Lunatic asylums United Provinces 1899-1908 - 1899-1908
Year: 1899
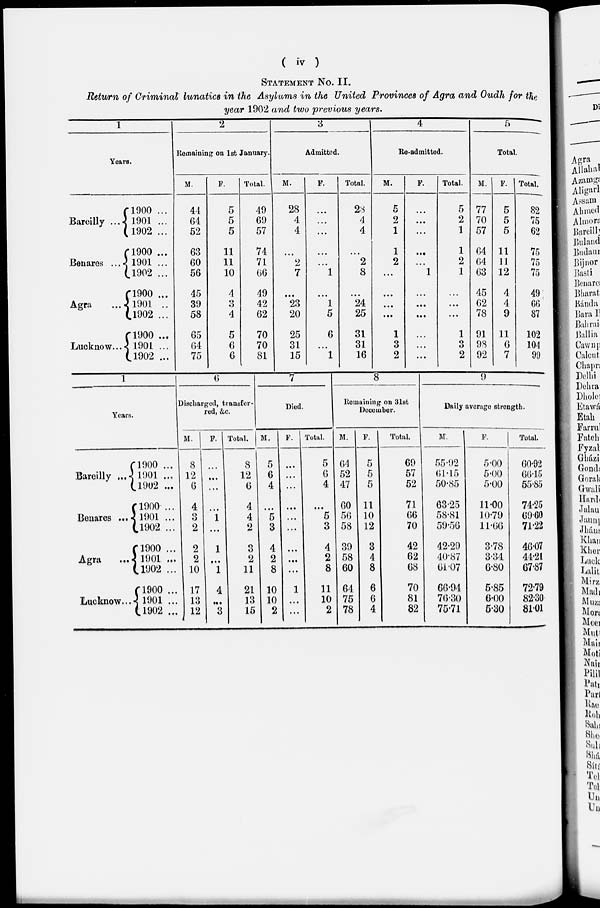
( iv )
STATEMENT No. II.
Return of Criminal lunatics in the Asylums in the United Provinces of Agra and Oudh for the
year 1902 and two previous years.
1
Years.
Bareilly ...
Benares ...
Agra ...
Lucknow...
1900 ...
1901 ...
1902 ...
1900 ...
1901 ...
1902 ...
1900 ...
1901 ...
1902 ...
1900 ...
1901 ...
1902 ...
2
Remaining on 1st January.
M.
44
64
52
63
60
56
45
39
58
65
64
75
F.
5
5
5
11
11
10
4
3
4
5
6
6
Total.
49
69
57
74
71
66
49
42
62
70
70
81
3
Admitted.
M.
28
4
4
...
2
7
...
23
20
25
31
15
F.
...
...
...
...
...
1
...
1
5
6
...
1
Total.
28
4
4
...
2
8
...
24
25
31
31
16
4
Re-admitted.
M.
5
2
1
1
2
...
...
...
...
1
3
2
F.
...
...
...
...
...
1
...
...
...
...
...
...
Total.
5
2
1
1
2
1
...
...
...
1
3
2
5
Total.
M.
77
70
57
64
64
63
45
62
78
91
98
92
F.
5
5
5
11
11
12
4
4
9
11
6
7
Total.
82
75
62
75
75
75
49
66
87
102
104
99
1
Years.
Bareilly ...
Benares ...
Agra
...
Lucknow...
1900 ...
1901 ....
1902 ...
1900 ...
1901 ...
1902 ...
1900 ...
1901 ...
1902 ...
1900 ...
1901 ...
1902 ...
6
Discharged , transfer-
red, &c.
M.
8
12
6
4
3
2
2
2
10
17
13
12
F.
...
...
...
...
1
...
1
...
1
4
...
3
Total.
8
12
6
4
4
2
3
2
11
21
13
15
7
Died.
M.
5
6
4
...
5
3
4
2
8
10
10
2
F.
...
...
...
...
...
...
...
...
...
1
...
...
Total.
5
6
4
...
5
3
4
2
8
11
10
2
8
Remaining on 31st
December.
M.
64
52
47
60
56
58
39
58
60
64
75
78
F.
5
5
5
11
10
12
3
4
8
6
6
4
Total.
69
57
52
71
66
70
42
62
68
70
81
82
9
Daily average strength.
M.
55.92
61.15
50.85
63.25
58.81
59.56
42.29
40.87
61.07
66.94
76.30
75.71
F.
5.00
5.00
5.00
11.00
10.79
11.66
3.78
3.34
6.80
5.85
6.00
5.30
Total.
60.92
66.15
55.85
74.25
69.60
71.22
46.07
44.21
67.87
72.79
82.30
81.01